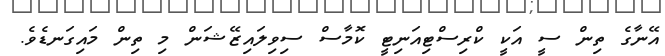
އޭނާގެ ތިން ސީ އަކީ ކްރިސްޓިއަނިޓީ ކޮމާސް ސިވިލައިޒޭޝަން މި ތިން މައިގަނޑެވެ.